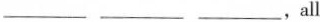
___ ___ ___，all